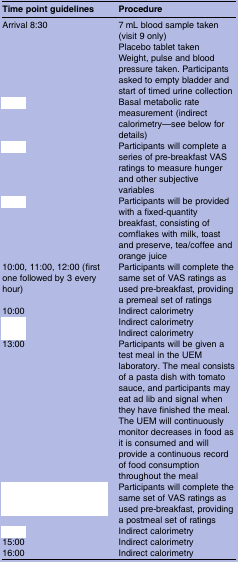
<table><thead><tr><td><b>Time point guidelines</b></td><td><b>Procedure</b></td></tr></thead><tbody><tr><td>Arrival 8:30</td><td>7 mL blood sample taken (visit 9 only)</td></tr><tr><td>[EMPTY_CELL]</td><td>Placebo tablet taken</td></tr><tr><td>[EMPTY_CELL]</td><td>Weight, pulse and blood pressure taken. Participants asked to empty bladder and start of timed urine collection</td></tr><tr><td>[EMPTY_CELL]</td><td>Basal metabolic rate measurement (indirect calorimetry—see below for details)</td></tr><tr><td>[EMPTY_CELL]</td><td>Participants will complete a series of pre-breakfast VAS ratings to measure hunger and other subjective variables</td></tr><tr><td>[EMPTY_CELL]</td><td>Participants will be provided with a fixed-quantity breakfast, consisting of cornflakes with milk, toast and preserve, tea/coffee and orange juice</td></tr><tr><td>10:00, 11:00, 12:00 (first one followed by 3 every hour)</td><td>Participants will complete the same set of VAS ratings as used pre-breakfast, providing a premeal set of ratings</td></tr><tr><td>10:00</td><td>Indirect calorimetry</td></tr><tr><td>[EMPTY_CELL]</td><td>Indirect calorimetry</td></tr><tr><td>[EMPTY_CELL]</td><td>Indirect calorimetry</td></tr><tr><td>13:00</td><td>Participants will be given a test meal in the UEM laboratory. The meal consists of a pasta dish with tomato sauce, and participants may eat ad lib and signal when they have finished the meal.The UEM will continuously monitor decreases in food as it is consumed and will provide a continuous record of food consumption throughout the meal</td></tr><tr><td>[EMPTY_CELL]</td><td>Participants will complete the same set of VAS ratings as used pre-breakfast, providing a postmeal set of ratings</td></tr><tr><td>[EMPTY_CELL]</td><td>Indirect calorimetry</td></tr><tr><td>15:00</td><td>Indirect calorimetry</td></tr><tr><td>16:00</td><td>Indirect calorimetry</td></tr></tbody></table>